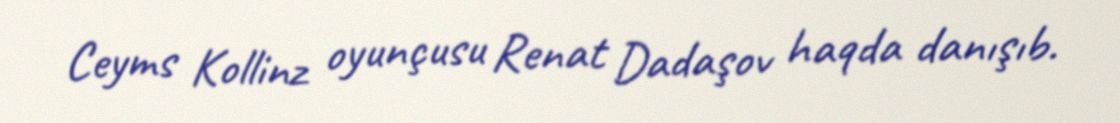
Ceyms Kollinz oyunçusu Renat Dadaşov haqda danışıb.